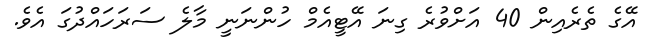
އޭގެ ތެރެއިން 40 އަށްވުރެ ގިނަ އޭޓީއެމް ހުންނަނީ މާލެ ސަރަހައްދުގަ އެވެ.